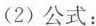
(2)公式：